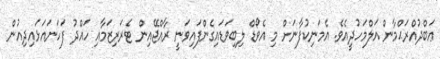
ޢަބްދުއްރަޙްމާން އަލްމަހުދީއެވެ. އެމަނިކުފާނަށް މި އެވޯޑް ލިބިވަޑައިގެންފައިވަނީ ރާއްޖޭއިން ޓެރަރިޒަމާއި ހައްދު ފަހަނައަޅައިދިއުން